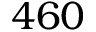
4 6 0